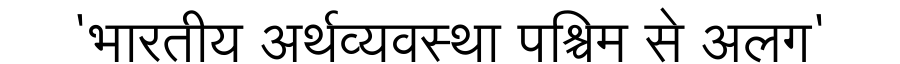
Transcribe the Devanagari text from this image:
'भारतीय अर्थव्यवस्था पश्चिम से अलग'